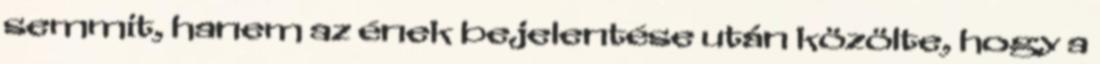
semmit, hanem az ének bejelentése után közölte, hogy a